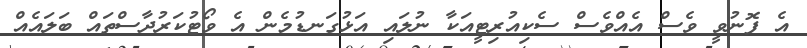
އެ ފޮނުވީ ވެސް އެއްވެސް ސެކިއުރިޓީއަކާ ނުލައި އަޅުގަނޑުމެން އެ ވޯޓުކަރުދާސްތައް ބަލައެއް